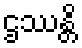
ဌဿန္တိ